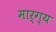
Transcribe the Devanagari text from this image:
मार्ग्य